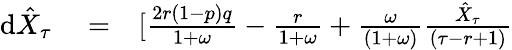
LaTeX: \begin{array}{rlr}{\textrm{d}\hat{X}_{\tau}}&{{}=}&{[\frac{2r(1-p)q}{1+\omega}-\frac{r}{1+\omega}+\frac{\omega}{(1+\omega)}\frac{\hat{X}_{\tau}}{(\tau-r+1)}}\end{array}